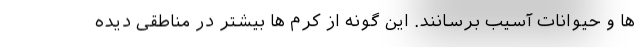
ها و حیوانات آسیب برسانند. این گونه از کرم ها بیشتر در مناطقی دیده